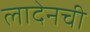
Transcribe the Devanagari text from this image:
लादेनची